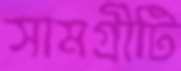
সামগ্রীটি